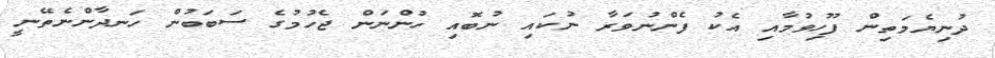
ދުނިޔެމަތިން ފޫހިވުމާއި އެކު ފެންނުވަރާ ނުކައި ނުބޮއި ހުންނަން ޖެހުމުގެ ސަބަބުން ހަނދާންނެތޭނީ